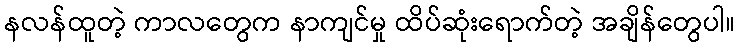
နလန်ထူတဲ့ ကာလတွေက နာကျင်မှု ထိပ်ဆုံးရောက်တဲ့ အချိန်တွေပါ။